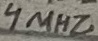
Text: 4MHZ